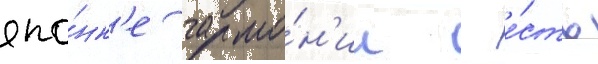
япо́нк'е гармо́н'ии - е́сть